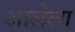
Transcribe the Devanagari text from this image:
अालेला